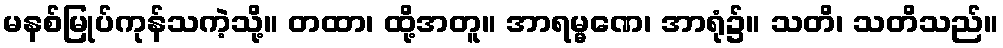
မနစ်မြုပ်ကုန်သကဲ့သို့။ တထာ၊ ထို့အတူ။ အာရမ္မဏေ၊ အာရုံ၌။ သတိ၊ သတိသည်။